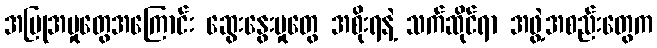
အပြုအမှုတွေအကြောင်း ဆွေးနွေးမှုတွေ အစိုးရနဲ့ သက်ဆိုင်ရာ အဖွဲ့အစည်းတွေက